Lunatic asylums Burma 1907-21 - 1907-1921
Year: 1907
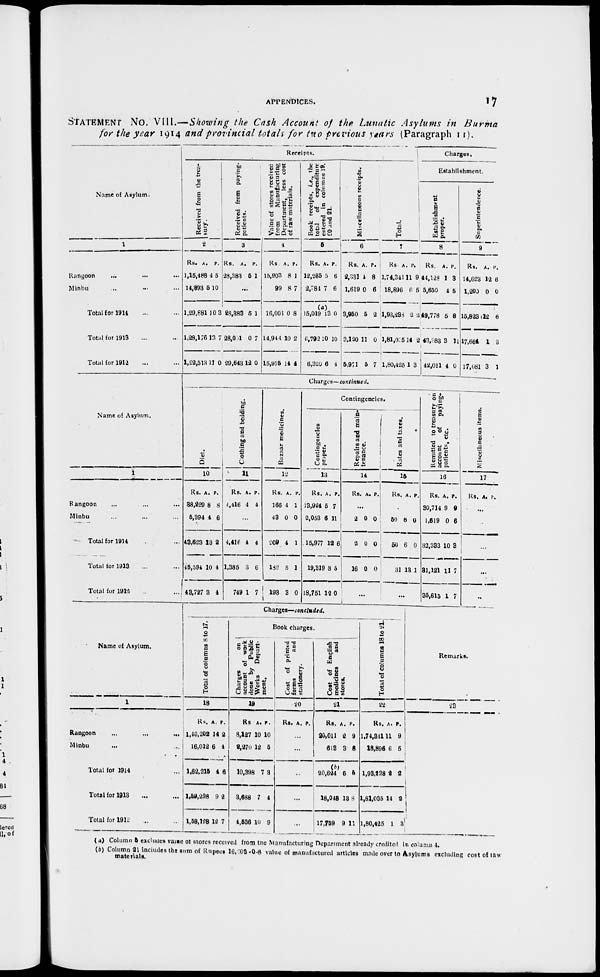
APPENDICES.
17
STATEMENT No. VIII.—Showing the Cash Account of the Lunatic Asylums in Burma
for the year 1914 and provincial totals for two previous years (Paragraph 11).
Name of Asylum.
1
Rangoon ... ... ...
Minbu ... ... ...
Total for 1914 ... ...
Total for 1913 ... ...
Total for 1912 ... ...
Receipts.
Received from the trea-
sury.
2
Rs.
1,15,488
14,893
1,29,881
1,28,176
1,22,513
A.
4
5
10
13
11
P.
5
10
3
7
0
Received from paying-
patients.
3
Rs.
28,383
A.
5
P.
1
...
28,383
28,051
29,643
5
0
12
1
7
0
Value of stores received
from
Manufacturing
Department, less cost
of raw materials.
4
Rs.
15,903
99
16,003
14,944
15,975
A.
8
8
0
10
14
P.
1
7
8
2
4
Book receipts, i.e., the
total
of expenditure
entered in columns 19,
20 and 21.
5
Rs.
12,235
2,784
A.
5
7
P.
6
6
(a)
15,019
6,792
6,320
13
10
6
0
10
4
Miscellaneous receipts.
6
Rs.
2,331
1,619
3,950
3,120
5,971
A.
4
0
5
11
5
P.
8
6
2
0
7
Total.
7
Rs.
1,74,341
18,896
1,93,238
1,81,035
1,80,425
A.
11
6
2
14
1
P.
9
5
2
2
3
Charges.
Establishment.
Establishment
proper.
8
Rs.
44,128
5,650
49,778
43,983
42,011
A.
1
4
5
3
4
P.
3
5
8
11
0
Superintendence.
9
Rs.
14,623
1,200
15,823
17,664
17,081
A.
12
0
12
1
3
P.
6
0
6
3
1
Name of Asylum.
1
Rangoon ... ... ...
Minbu ... ... ...
Total for 1914 ... ...
Total for 1913 ... ...
Total for 1912 ... ...
Charges—continued.
Diet.
10
Rs.
38,229
5,394
43,623
45,594
43,727
A.
8
4
13
10
3
P.
8
6
2
4
4
Clothing and bedding.
11
Rs.
4,416
A.
4
P.
4
...
4,416
1,385
749
4
3
1
4
6
7
Bazaar medicines.
12
Rs.
166
43
209
182
193
A.
4
0
4
5
3
P.
1
0
1
1
0
Contingencies.
Contingencies
proper.
13
Rs.
13,924
2,053
15,977
19,319
18,751
A.
5
6
12
8
12
P.
7
11
6
5
0
R
epairs and main-
tenance.
14
Rs. A. P.
...
2
2
16
0
0
0
0
0
0
...
Rates and taxes.
15
Rs. A. P.
...
50
50
31
6
6
13
0
0
1
...
Remitted to treasury on
account of
paying-
patients, etc.
16
Rs.
30,714
1,619
32,333
31,121
35,615
A.
9
0
10
11
1
P.
9
6
3
7
7
Miscellaneous items.
17
Rs. A. P.
...
...
...
...
Name of Asylum.
1
Rangoon
...
...
...
Minbu ... ... ...
Total for 1914 ... ...
Total for 1913 ... ...
Total for 1912 ... ...
Charges—concluded.
Total of columns 8 to 17.
18
Rs.
1,46,202
16,012
1,62,215
1,59,298
1,58,128
A.
14
6
4
9
12
P.
2
4
6
2
7
Book charges.
Charges
on
account of work
done by Public
Works
Depart-
ment.
19
Rs.
3,127
2,270
10,398
3,688
4,536
A.
10
12
7
7
10
P.
10
5
3
4
9
Cost of printed
forms
and
stationery.
20
Rs. A. P.
...
...
...
...
...
Cost of English
medicines
and
stores.
21
Rs.
20,011
613
A.
2
3
P.
9
8
(b)
20,624
18,048
17,759
6
13
9
5
8
11
Total of columns 18 to 21.
22
Rs.
1,74,841
18,896
1,93,238
1,81,035
1,80,425
A.
11
6
2
14
1
P.
9
5
2
2
3
Remarks.
23
( a) Column 8 excludes value of stores received from the Manufacturing Department already credited in column 4.
(b) Column 21 includes the sum of Rupees 16, 203-0-8 value of manufactured articles made over to Asylums excluding cost of raw
materials.